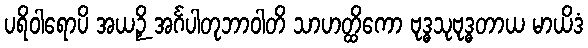
ပရိဝါရောပိ အယဉှိ အင်္ဂပါတုဘာဝါတိ သာဟတ္ထိကော ဗုဒ္ဓသုဗုဒ္ဓတာယ မာယိဒံ